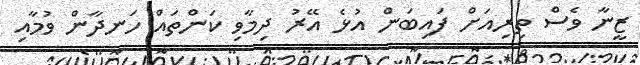
ޒީނާ ވެސް ތިރިއަށް ފައިބަން އުޅެ އޭރު ދިމާވި ކަންތައް ހަނދާން ވުމާއި